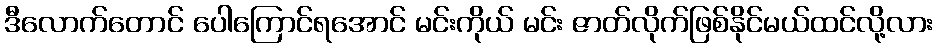
ဒီလောက်တောင် ပေါကြောင်ရအောင် မင်းကိုယ် မင်း ဇာတ်လိုက်ဖြစ်နိုင်မယ်ထင်လို့လား